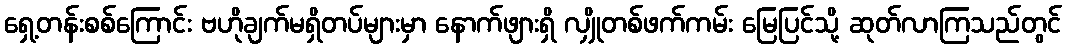
ရှေ့တန်းစစ်ကြောင်း ဗဟိုချက်မရှိတပ်များမှာ နောက်ဖျားရှိ လျှိုတစ်ဖက်ကမ်း မြေပြင်သို့ ဆုတ်လာကြသည်တွင်